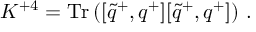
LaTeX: { \cal K } ^ { + 4 } = \mathrm { T r } \left( [ \tilde { q } ^ { + } , q ^ { + } ] [ \tilde { q } ^ { + } , q ^ { + } ] \right) \, .